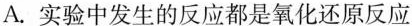
A.实验中发生的反应都是氧化还原反应